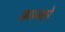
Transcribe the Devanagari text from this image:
फ़्रान्को